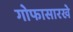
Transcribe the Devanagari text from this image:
गोफासारखे